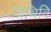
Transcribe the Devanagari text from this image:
प्रिथिवि